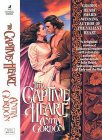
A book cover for Captive Heart; Anita Gordon; Romance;